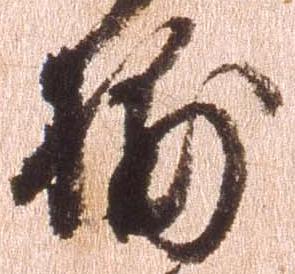
捕